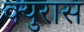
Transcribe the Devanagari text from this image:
क्युरास